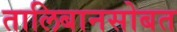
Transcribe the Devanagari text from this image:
तालिबानसोबत